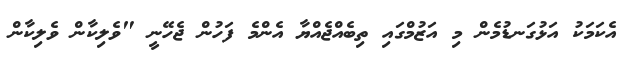
އެކަމަކު އަޅުގަނޑުމެން މި އަޒުމްގައި ތިބެއްޖެއްޔާ އެންމެ ފަހުން ޖެހޭނީ "ވެލިކާން ވެލިކާން